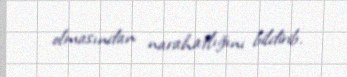
olmasından narahatlığını bildirib.